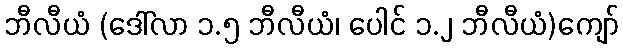
ဘီလီယံ (ဒေါ်လာ ၁.၅ ဘီလီယံ၊ ပေါင် ၁.၂ ဘီလီယံ)ကျော်